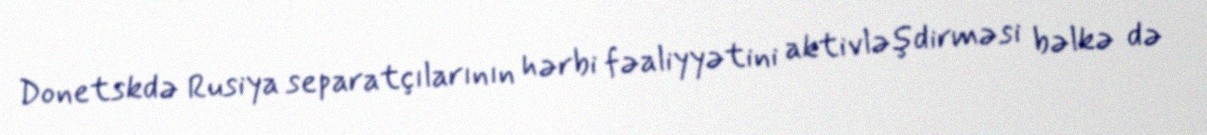
Donetskdə Rusiya separatçılarının hərbi fəaliyyətini aktivləşdirməsi bəlkə də